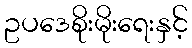
ဥပဒေစိုးမိုးရေးနှင့်